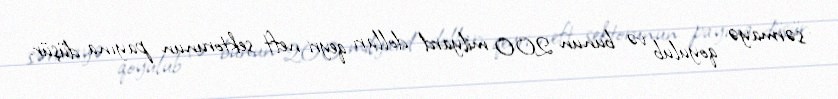
sərmayə qoyulub və bunun 200 milyard dolları qeyri-neft sektorunun payına düşür.